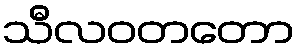
သီလဝတတော